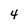
Character: 4